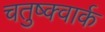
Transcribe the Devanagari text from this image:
चतुष्क्वार्क